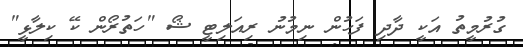
ގުރުމީތު އަކީ ދާދި ފަހުން ނިމުނު ރިއަލިޓީ ޝޯ "ހަތުރޯން ކޭ ކިލާޅީ"